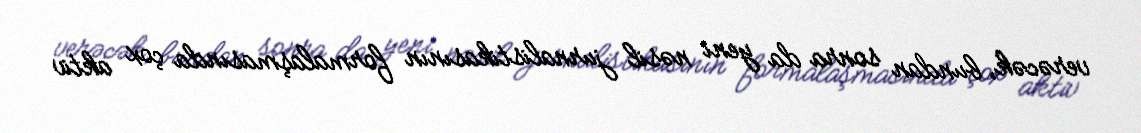
verəcək, bundan sonra da yeni nəsil jurnalistikasının formalaşmasında çox aktiv